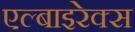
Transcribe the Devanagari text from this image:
एल्बाइरेक्स